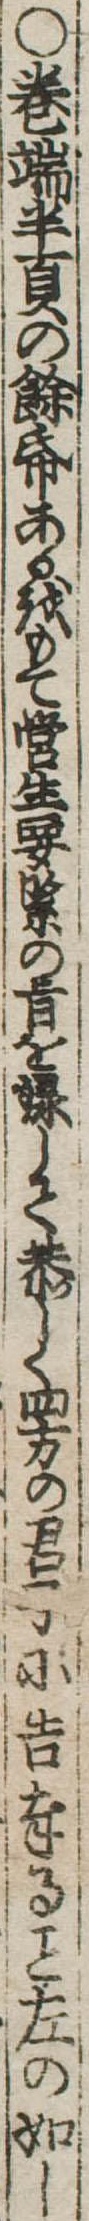
○巻端半頁の余紙あるをもて営生要緊の旨を録して恭しく四方の君子に告奉る左の如し